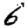
Digit: 6